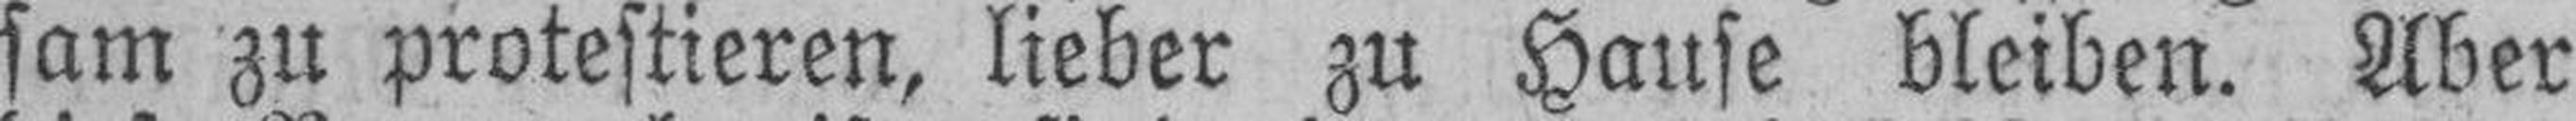
sam zu protestieren, lieber zu Hause bleiben. Aber